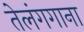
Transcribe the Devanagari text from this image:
तेलंगगाना